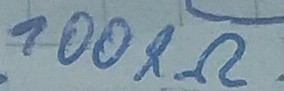
Text: 100KΩ